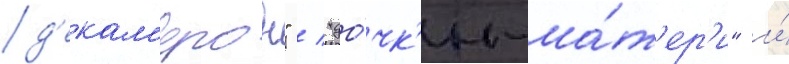
д'екам'ерон" / "до́чк'и-ма́т'ер'и" и́